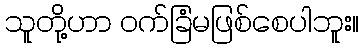
သူတို့ဟာ ဝက်ခြံမဖြစ်စေပါဘူး။